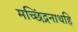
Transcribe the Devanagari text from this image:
मच्छिंद्रनाथहि